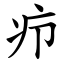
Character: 疖